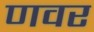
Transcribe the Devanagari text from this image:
णवर